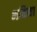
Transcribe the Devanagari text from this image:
भक्तिचा